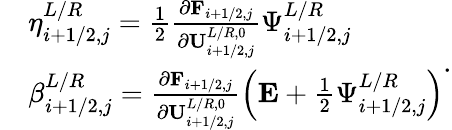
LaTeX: \begin{array}{rl}&{\eta_{i+1/2,j}^{L/R}=\frac{1}{2}\frac{\partial\mathbf{F}_{i+1/2,j}}{\partial\mathbf{U}_{i+1/2,j}^{L/R,0}}\Psi_{i+1/2,j}^{L/R}}\\ &{\beta_{i+1/2,j}^{L/R}=\frac{\partial\mathbf{F}_{i+1/2,j}}{\partial\mathbf{U}_{i+1/2,j}^{L/R,0}}\left(\mathbf{E}+\frac{1}{2}\Psi_{i+1/2,j}^{L/R}\right)}\end{array}.